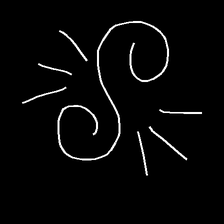
Glyph: wind-directs-air